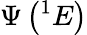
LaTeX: \Psi\left({}^{1}E\right)